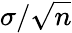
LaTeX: \sigma/{\sqrt{n}}